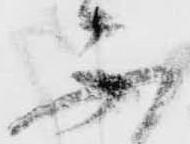
不